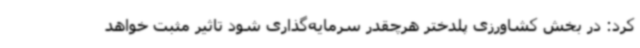
کرد: در بخش کشاورزی پلدختر هرچقدر سرمایه‌گذاری شود تاثیر مثبت خواهد